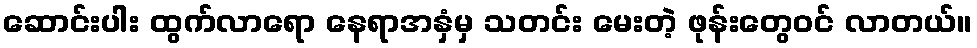
ဆောင်းပါး ထွက်လာရော နေရာအနှံမှ သတင်း မေးတဲ့ ဖုန်းတွေဝင် လာတယ်။